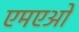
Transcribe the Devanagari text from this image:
एमएओ